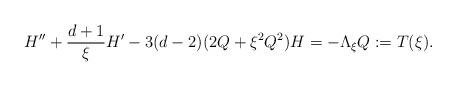
LaTeX: \begin{align*}H'' + \frac{d+1}{\xi} H' -3(d-2)( 2Q + \xi^2 Q^2) H= - \Lambda_\xi Q :=T(\xi).\end{align*}